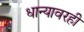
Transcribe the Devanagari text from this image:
धान्यावरही